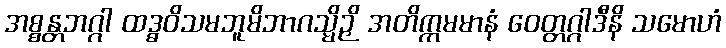
အစ္စန္တဘဂ္ဂါ ထဒ္ဓဝိသမဘူမိဘာဂသ္မိဉှိ အတိက္ကမမာနံ ဝေတ္တဂ္ဂါဒီနိ သမောဟံ